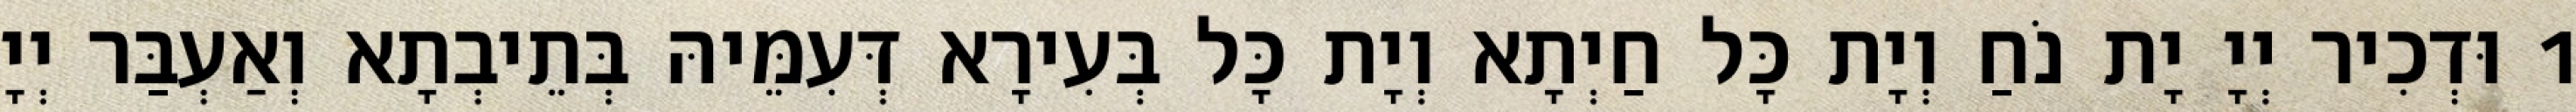
1 וּדְכִיר יְיָ יָת נֹחַ וְיָת כָּל חַיְתָא וְיָת כָּל בְּעִירָא דְּעִמֵּיהּ בְּתֵיבְתָא וְאַעְבַּר יְיָ